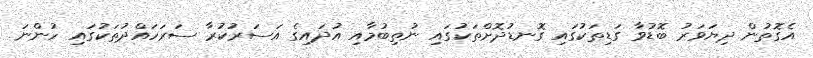
އެގޮތުން ދިޔަވަރު ބޮޑުވާ ގަޑިތަކުގައި ގޮނޑުދޮށްތަކުގައި ނުތިބުމާއި އުދައިގެ އަސަރުކުރާ ސަރަހައްދުތަކުގައި ހުންނަ